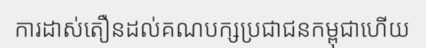
ការដាស់តឿនដល់គណបក្សប្រជាជនកម្ពុជាហើយ